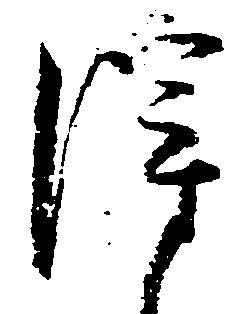
得